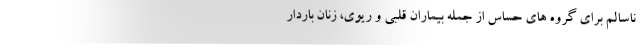
ناسالم برای گروه های حساس از جمله بیماران قلبی و ریوی، زنان باردار